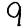
Digit: 9